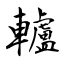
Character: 轤